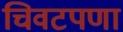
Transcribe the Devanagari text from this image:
चिवटपणा